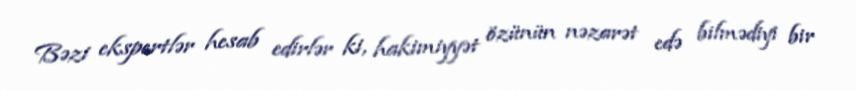
Bəzi ekspertlər hesab edirlər ki, hakimiyyət özünün nəzarət edə bilmədiyi bir